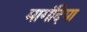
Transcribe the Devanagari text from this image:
मागंदिया